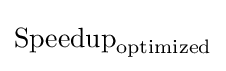
{\text{Speedup}}_{\text{optimized}}